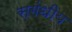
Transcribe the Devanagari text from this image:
सगंधीय